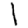
Digit: 1